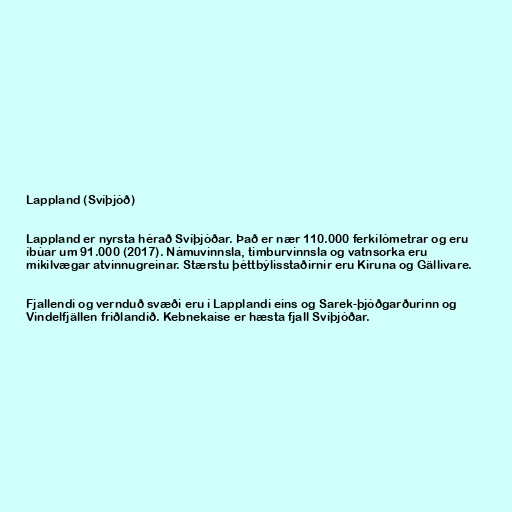
Lappland (Svíþjóð)

Lappland er nyrsta hérað Svíþjóðar. Það er nær 110.000 ferkílómetrar og eru
íbúar um 91.000 (2017). Námuvinnsla, timburvinnsla og vatnsorka eru
mikilvægar atvinnugreinar. Stærstu þéttbýlisstaðirnir eru Kiruna og Gällivare.

Fjallendi og vernduð svæði eru í Lapplandi eins og Sarek-þjóðgarðurinn og
Vindelfjällen friðlandið. Kebnekaise er hæsta fjall Svíþjóðar.